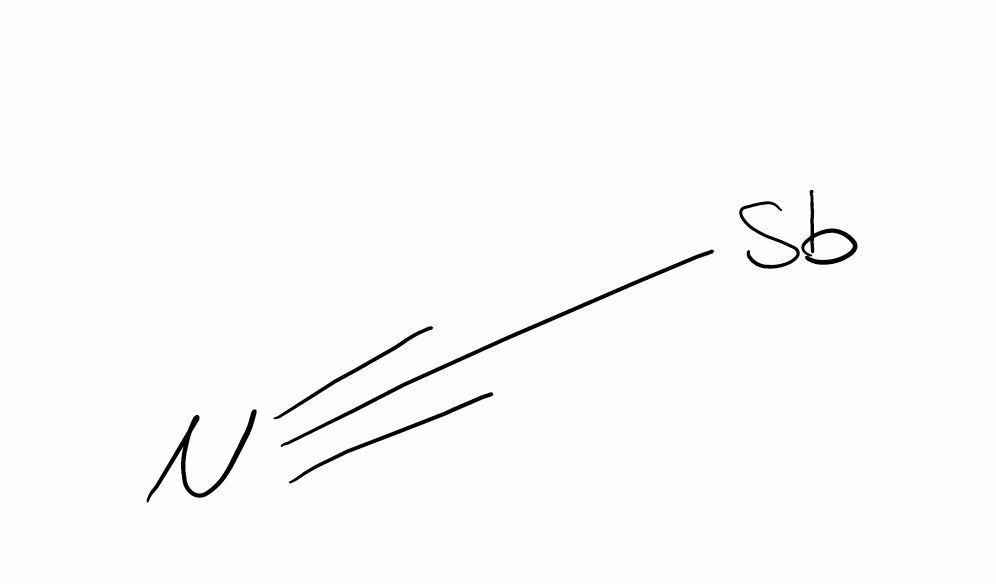
Simplified molecular-input line-entry system (SMILES) notation of the given molecule:
C(#N)[Sb]